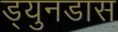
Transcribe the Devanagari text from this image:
ड्युनडास